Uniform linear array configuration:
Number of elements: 12
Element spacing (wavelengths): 0.75
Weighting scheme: cosine
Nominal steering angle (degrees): -30
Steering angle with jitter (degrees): -30.794
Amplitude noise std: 0.05
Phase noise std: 0.05

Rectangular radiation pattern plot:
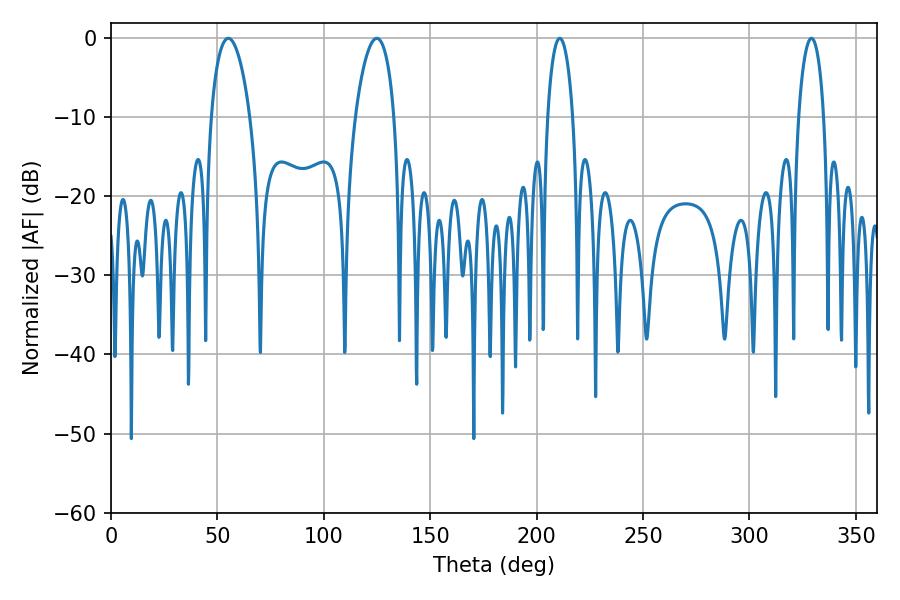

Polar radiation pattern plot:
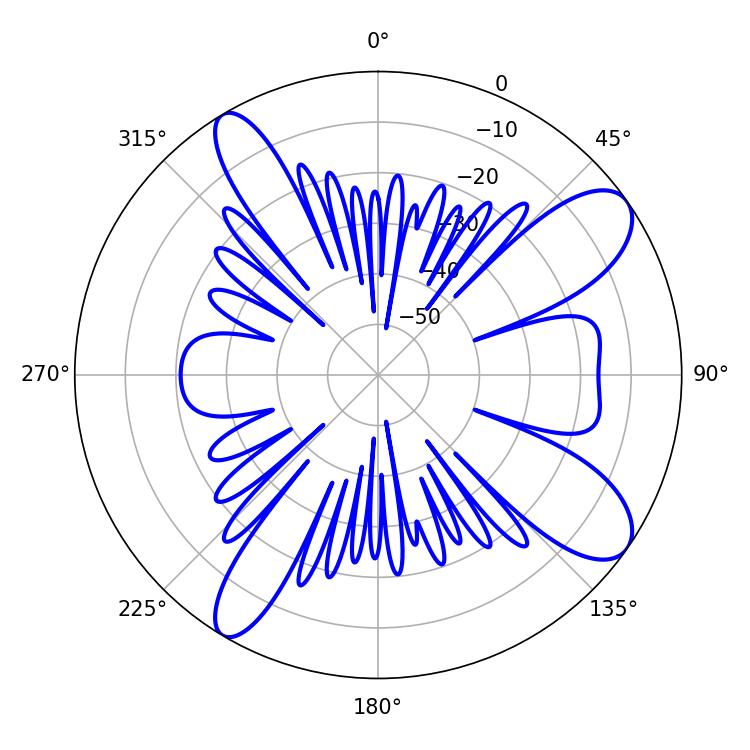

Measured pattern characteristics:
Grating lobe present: TRUE
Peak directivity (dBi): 10.159
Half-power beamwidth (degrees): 10.44
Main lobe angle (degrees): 55.08